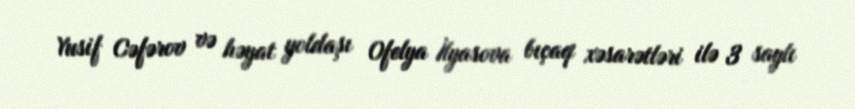
Yusif Cəfərov və həyat yoldaşı Ofelya İlyasova bıçaq xəsarətləri ilə 3 saylı